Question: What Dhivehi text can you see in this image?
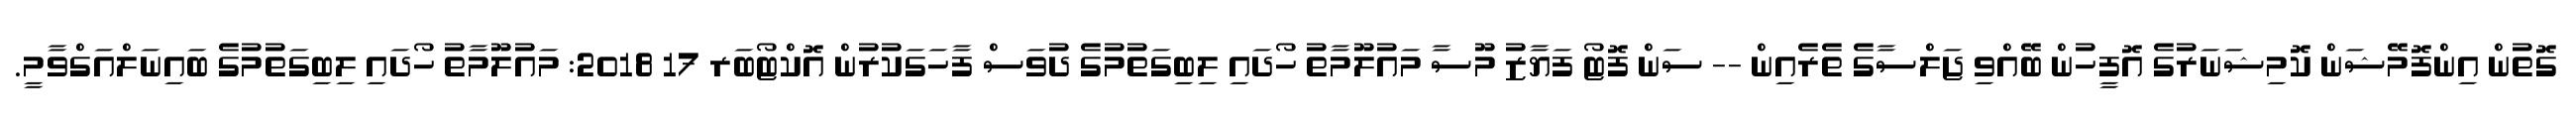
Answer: ގޮތުން އިންފޮމޭޝަން ކޮމިޝަނަރުގެ އޮފީހުން ބޭއްވި ޖަލްސާގެ ތެރެއިން -- ސަން ފޮޓޯ ފަޔާޒު މޫސާ މައުލޫމާތު ހޯދައި ލިބިގަތުމުގެ ދުވަސް ފާހަގަކުރުން އޮކްޓޯބަރ 17 2018: މައުލޫމާތު ހޯދައި ލިބިގަތުމުގެ ބައިނަލްއަގްވާމީ.